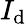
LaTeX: I_{\mathrm{d}}